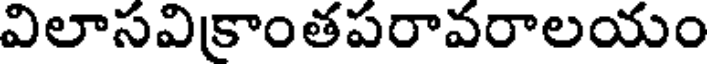
విలాసవిక్రాంతపరావరాలయం